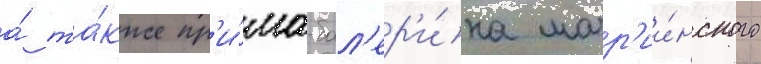
а́ та́кже пр'и́ма-бал'ер'и́на мар'ии́нского